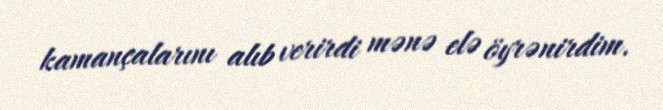
kamançalarını alıb verirdi mənə elə öyrənirdim.